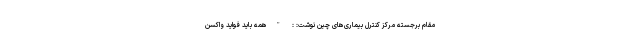
مقام برجسته مرکز کنترل بیماری‌های چین نوشت: : "همه باید فواید واکسن